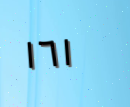
١٦١